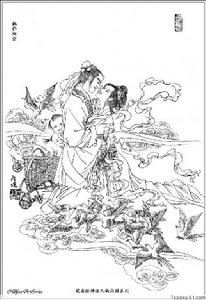
桥成汉渚星波外，人在鸾歌凤舞前。